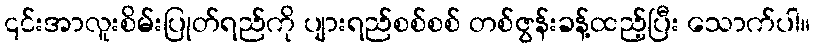
၎င်းအာလူးစိမ်းပြုတ်ရည်ကို ပျားရည်စစ်စစ် တစ်ဇွန်းခန့်ထည့်ပြီး သောက်ပါ။